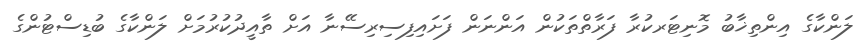
ލަންކާގެ އިންތިޚާބު މޮނިޓަރކުރާ ފަރާތްތަކުން އަންނަން ފަށައިފިސިރިސޭނާ އަށް ތާއީދުކުރުމަށް ލަންކާގެ ބުޑިސްޓުންގެ